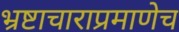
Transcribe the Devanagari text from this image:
भ्रष्टाचाराप्रमाणेच